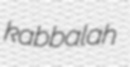
kabbalah